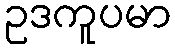
ဥဒကူပမာ